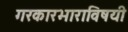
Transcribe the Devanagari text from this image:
गरकारभाराविषयी